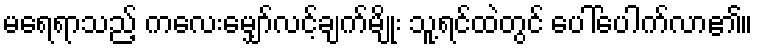
မရေရာသည့် ကလေးမျှော်လင့်ချက်မျိုး သူ့ရင်ထဲတွင် ပေါ်ပေါက်လာ၏။